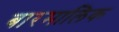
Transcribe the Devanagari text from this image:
बारमालिक